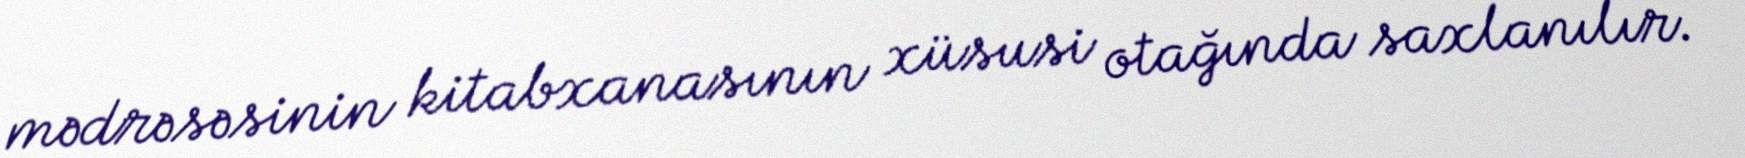
mədrəsəsinin kitabxanasının xüsusi otağında saxlanılır.